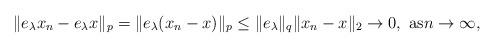
LaTeX: \begin{align*}\|e_\lambda x_n-e_\lambda x\|_p=\|e_\lambda( x_n - x)\|_p\leq\|e_\lambda\|_q \| x_n - x\|_2 \rightarrow 0, \text{ as$n\rightarrow \infty,$}\end{align*}